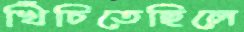
খিঁচিতেছিলে